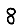
Digit: 8